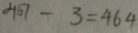
4 6 7 - 3 = 4 6 4